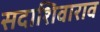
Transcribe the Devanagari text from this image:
सदाशिवाराव